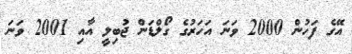
އޭގެ ފަހުން 2000 ވަނަ އަހަރުގެ ގޯލްޑަން ޖުބިލީ އާއި 2001 ވަނަ